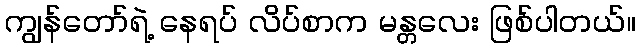
ကျွန်တော်ရဲ့ နေရပ် လိပ်စာက မန္တလေး ဖြစ်ပါတယ်။